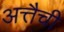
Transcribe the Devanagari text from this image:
अत्तैची